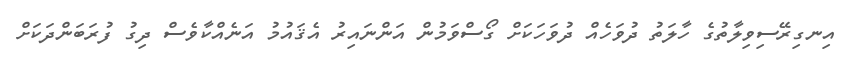
އިނގިރޭސިވިލާތުގެ ހާލަތު ދުވަހެއް ދުވަހަކަށް ގޯސްވަމުން އަންނައިރު އެޤައުމު އަނެއްކާވެސް ދިގު ފުރަބަންދަކަށް